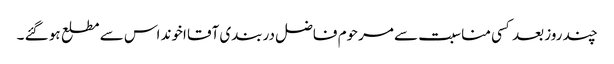
چند روز بعد کسی مناسبت سے مرحوم فاضل دربندی آقا اخوند اس سے مطلع ہو گئے ۔